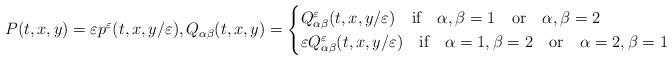
LaTeX: \begin{align*}P(t,x,y)=\varepsilon p^\varepsilon(t,x,y/\varepsilon), Q_{\alpha\beta}(t,x,y)= \begin{cases}Q^\varepsilon_{\alpha\beta}(t,x,y/\varepsilon) \quad\mbox{if} \quad\alpha,\beta= 1\quad\mbox{or}\quad\alpha,\beta=2\\\varepsilon Q^\varepsilon_{\alpha\beta}(t,x,y/\varepsilon) \quad\mbox{if} \quad\alpha=1,\beta=2\quad\mbox{or}\quad\alpha=2,\beta=1\end{cases}\end{align*}